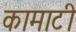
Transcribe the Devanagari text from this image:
कामाटी